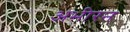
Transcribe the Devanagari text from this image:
अभीरन